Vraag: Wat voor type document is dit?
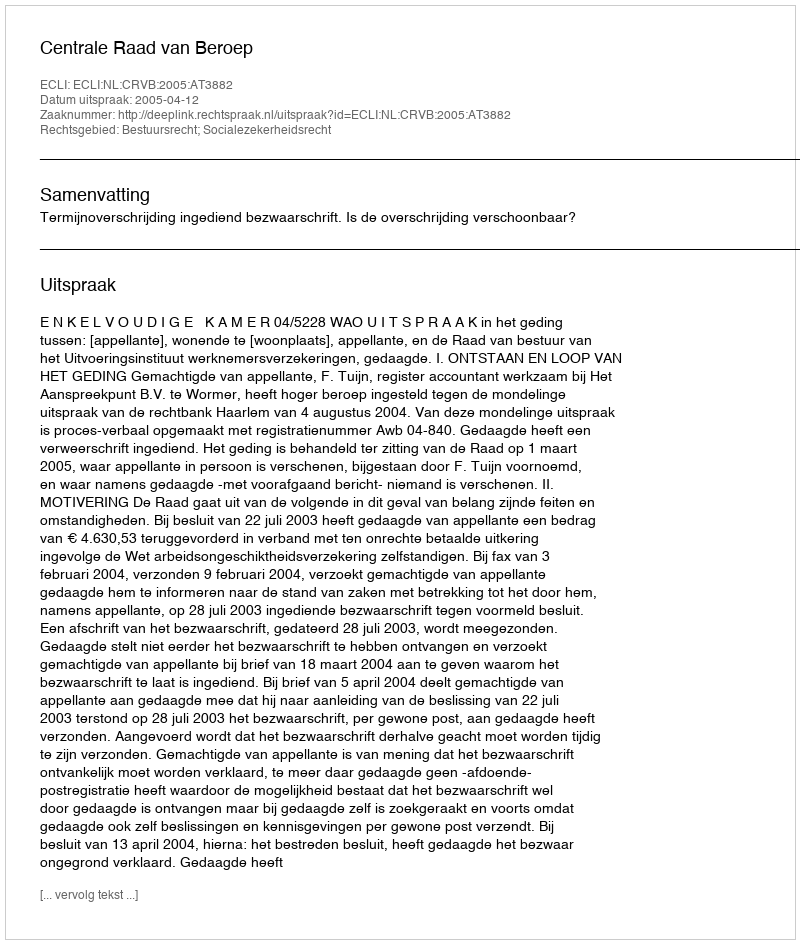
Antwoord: Uitspraak